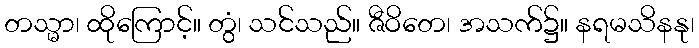
တသ္မာ၊ ထိုကြောင့်။ တွံ၊ သင်သည်။ ဇီဝိတေ၊ အသက်၌။ နရမသိနနု၊